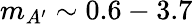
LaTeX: m_{A^{\prime}}\sim 0.6-3.7